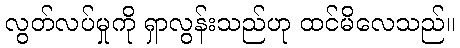
လွတ်လပ်မှုကို ရှာလွန်းသည်ဟု ထင်မိလေသည်။